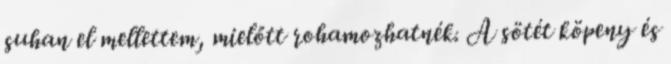
suhan el mellettem, mielőtt rohamozhatnék. A sötét köpeny és